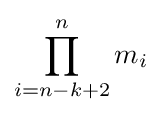
\prod _{i=n-k+2}^{n}m_{i}